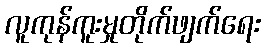
လူကုန်ကူးမှုတိုက်ဖျက်ရေး